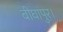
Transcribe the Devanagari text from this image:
बीघापुर।